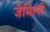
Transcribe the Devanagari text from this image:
जैमिली